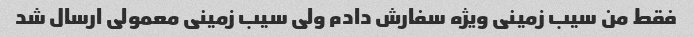
فقط من سیب زمینی ویژه سفارش دادم ولی سیب زمینی معمولی ارسال شد